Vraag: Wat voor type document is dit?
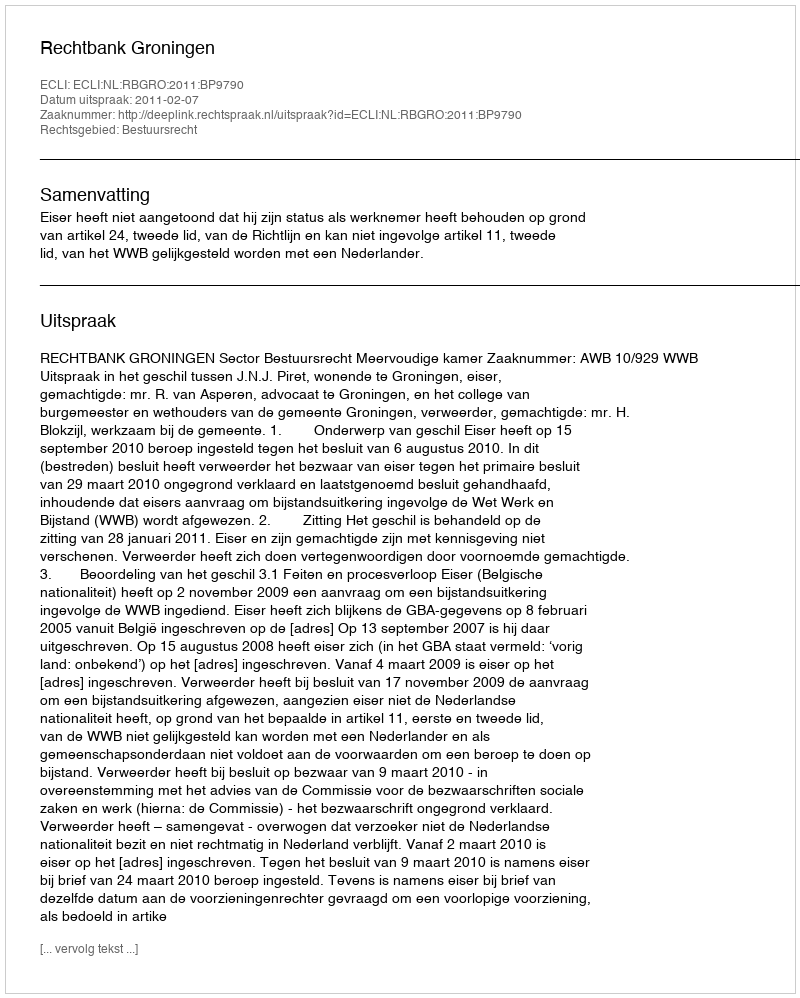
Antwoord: Uitspraak